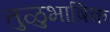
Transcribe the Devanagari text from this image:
तुळुभाषिक